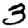
Digit: 3